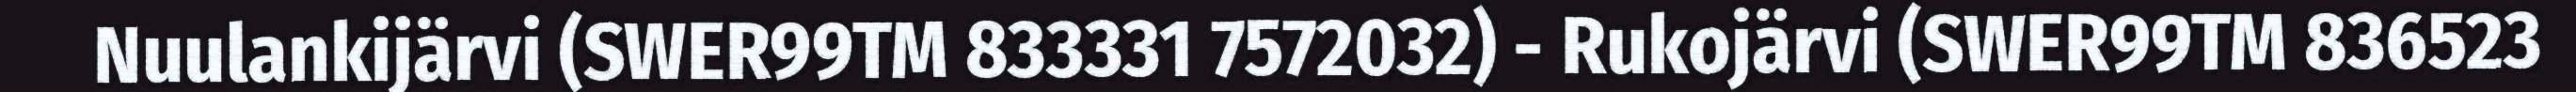
Nuulankijärvi (SWER99TM 833331 7572032) - Rukojärvi (SWER99TM 836523